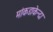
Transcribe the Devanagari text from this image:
मांकडाकेन्दा